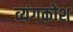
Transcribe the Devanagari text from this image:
व्यंगकोश